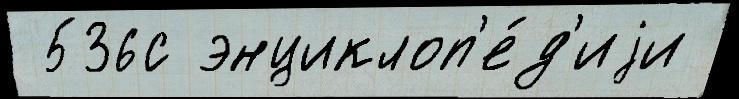
 536с энциклоп'е́д'иjи